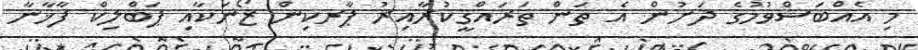
މި އެއްބަސްވުމުގެ ދަށުން އެ ތަން ތަރައްޤީކުރާއިރު ޕާރކިން ޒޯނަކާއި ޕަބްލިކް ފާޚާނާ